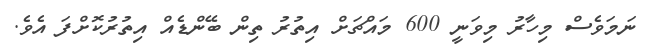
ނަމަވެސް މިހާރު މިވަނީ 600 މައްޗަށް އިތުރު ތިން ބޭންޑެއް އިތުރުކޮށްފަ އެވެ.